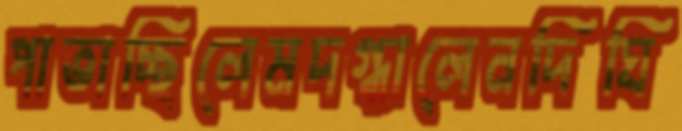
পাতাচ্ছিলেমদগ্ধালেনদিঘি